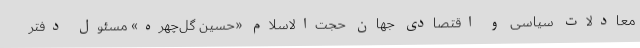
معادلات سیاسی و اقتصادی جهان حجت‌الاسلام «حسین گل‌چهره» مسئول دفتر